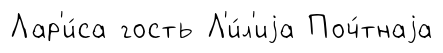
Лар'и́са гость Л'и́л'иjа Поч́тнаjа